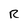
Character: R